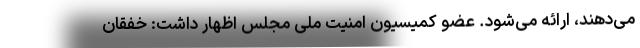
می‌دهند، ارائه می‌شود. عضو کمیسیون امنیت ملی مجلس اظهار داشت: خفقان